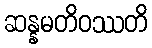
ဆန္နမတိဝဿတိ